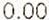
0.00